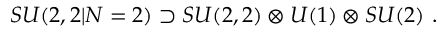
S U ( 2 , 2 | N = 2 ) \supset S U ( 2 , 2 ) \otimes U ( 1 ) \otimes S U ( 2 ) \ .